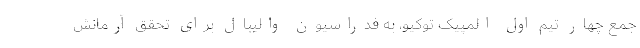
جمع چهار تیم اول المپیک توکیو، به فدراسیون والیبال برای تحقق آرمانش